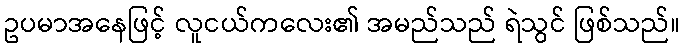
ဥပမာအနေဖြင့် လူငယ်ကလေး၏ အမည်သည် ရဲသွင် ဖြစ်သည်။